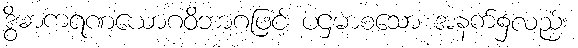
ဒွိဓာကရဏယောဂဝိဘာဂဖြင့် ပဌမာစသော အနက်၌လည်း